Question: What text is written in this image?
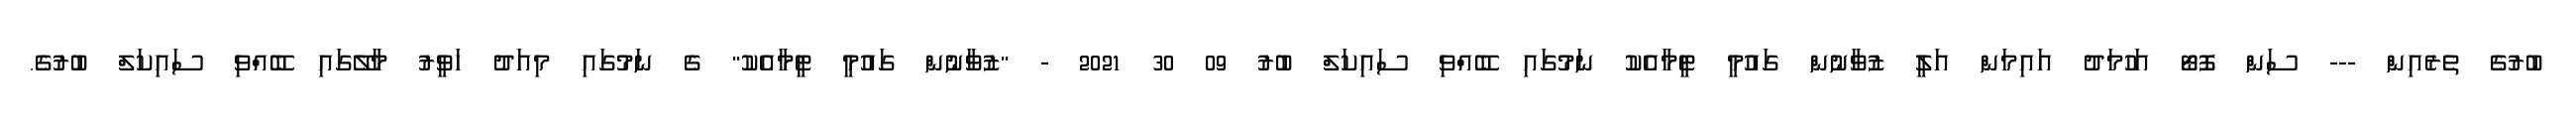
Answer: ބުރުގެ ތެރެއިން --- ސަން ފޮޓޯ އަހުމަދު އައިމަން އަލީ ޒުވާނުން ގައުމީ ޓީމާއެކު ނަމުގައި ބޭއްވި ސައިކަލް ބުރު 09 30 2021 - "ޒުވާނުން ގައުމީ ޓީމާއެކު" ގެ ނަމުގައި މިއަދު ހަވީރު މާލޭގައި ބޭއްވި ސައިކަލް ބުރުގެ.